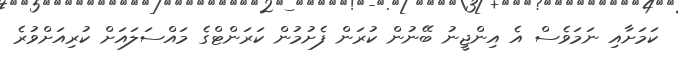
ކަމަށާއި ނަމަވެސް އެ އިންޖީނު ބޭނުން ކުރަން ފެށުމުން ކަރަންޓްގެ މައްސަލައަށް ކުރިއަށްވުރެ